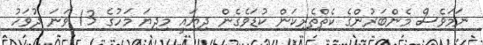
ނަމަވެސް މެންބަރުންގެ ކެތްތެރިކަން ކުޑަވެގެން ދިޔައީ މިދިޔަ މަހުގެ 13 ވަނަ ދުވަހު